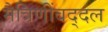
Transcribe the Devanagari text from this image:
मैत्रिणींबद्दल